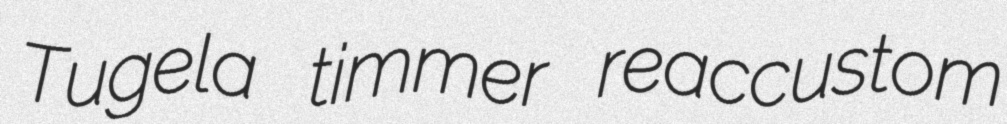
Tugela timmer reaccustom